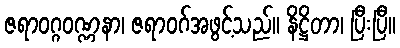
ဇရာဝဂ္ဂဝဏ္ဏနာ၊ ဇရာဝဂ်အဖွင့်သည်။ နိဋ္ဌိတာ၊ ပြီးပြီ။